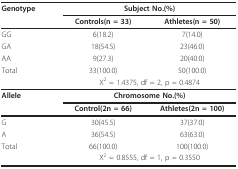
<table><thead><tr><td><b>Genotype</b></td><td colspan="2"><b>Subject No.(%)</b></td></tr><tr><td></td><td><b>Controls(n = 33)</b></td><td><b>Athletes(n = 50)</b></td></tr></thead><tbody><tr><td>GG</td><td>6(18.2)</td><td>7(14.0)</td></tr><tr><td>GA</td><td>18(54.5)</td><td>23(46.0)</td></tr><tr><td>AA</td><td>9(27.3)</td><td>20(40.0)</td></tr><tr><td>Total</td><td>33(100.0)</td><td>50(100.0)</td></tr><tr><td></td><td colspan="2">Χ<sup>2 </sup>= 1.4375, df = 2, p = 0.4874</td></tr><tr><td><b>Allele</b></td><td colspan="2"><b>Chromosome No.(%)</b></td></tr><tr><td></td><td><b>Control(2n = 66)</b></td><td><b>Athletes(2n = 100)</b></td></tr><tr><td>G</td><td>30(45.5)</td><td>37(37.0)</td></tr><tr><td>A</td><td>36(54.5)</td><td>63(63.0)</td></tr><tr><td>Total</td><td>66(100.0)</td><td>100(100.0)</td></tr><tr><td></td><td colspan="2">Χ<sup>2 </sup>= 0.8555, df = 1, p = 0.3550</td></tr></tbody></table>